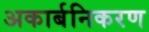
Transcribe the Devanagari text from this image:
अकार्बनिकरण